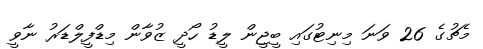
މެޗުގެ 26 ވަނަ މިނިޓުގައި ބީޖީން ލީޑު ހޯދީ ޒުވާން މިޑްފީލްޑަރު ނާވީ